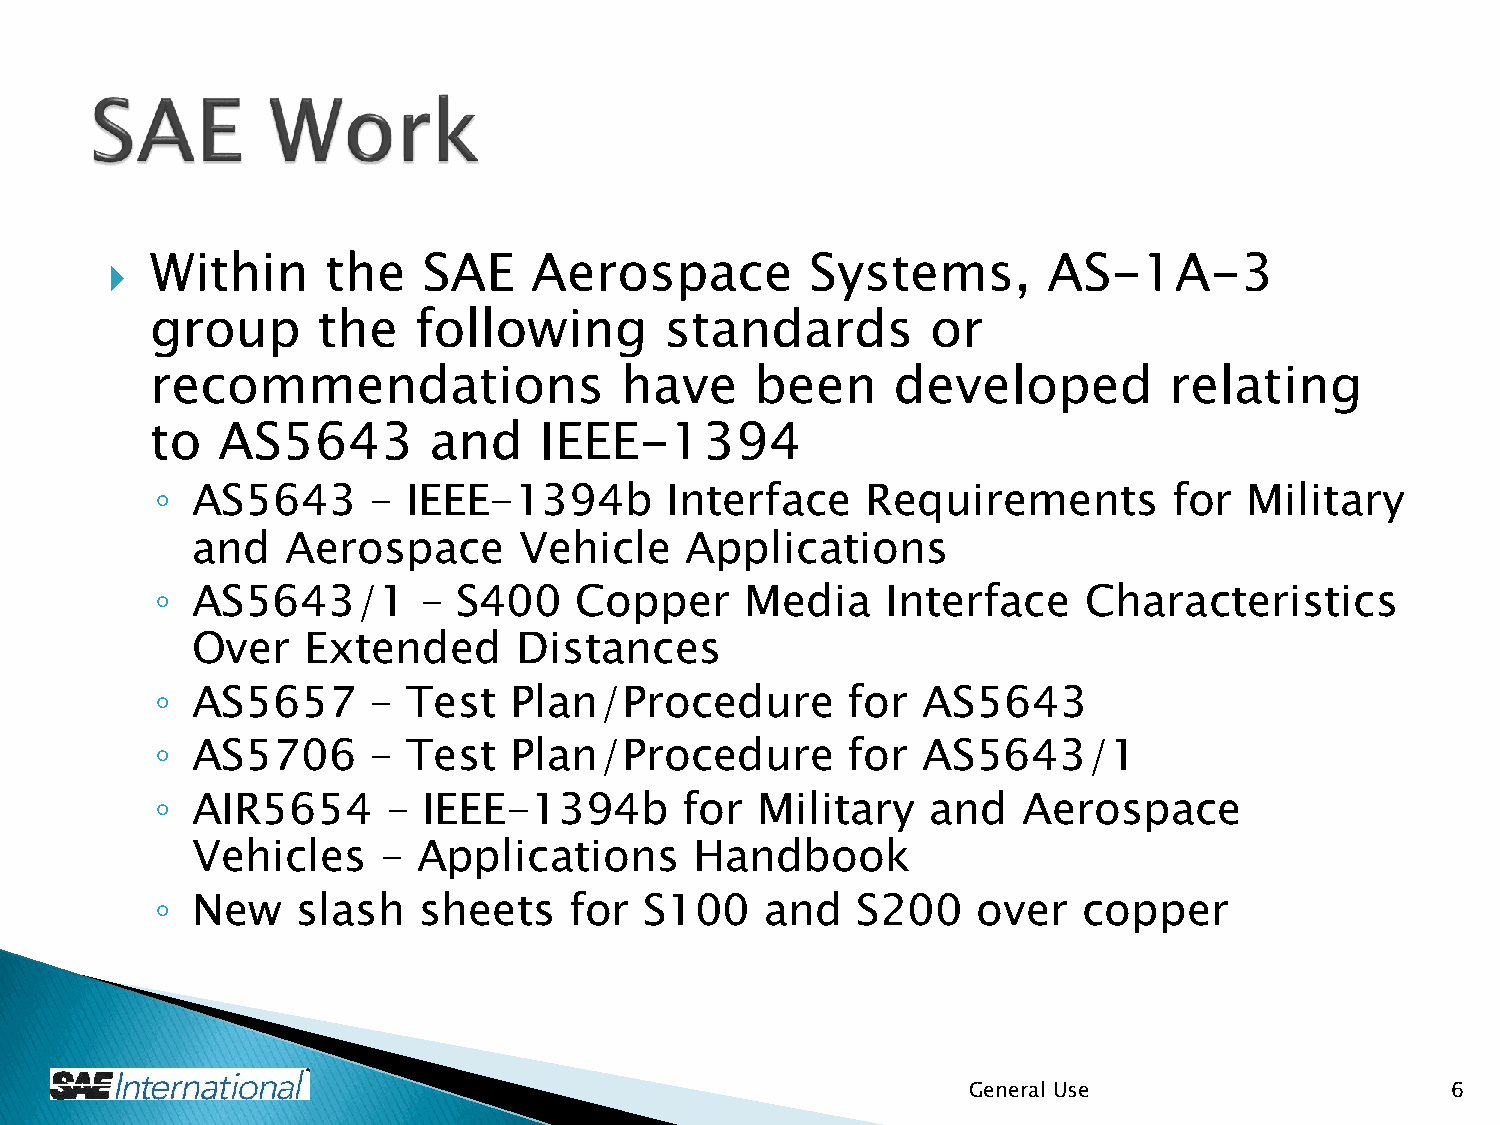
Within      the   SAE    Aerospace          Systems,       AS-1A-3
 
 group      the   following        standards         or
 recommendations                have     been     developed         relating
 to  AS5643        and     IEEE-1394
 ◦  AS5643     –  IEEE-1394b       Interface    Requirements         for  Military
 and   Aerospace      Vehicle    Applications
 ◦  AS5643/1       – S400    Copper     Media     Interface    Characteristics
 Over   Extended      Distances
 ◦  AS5657     –  Test   Plan/Procedure        for  AS5643
 ◦  AS5706     –  Test   Plan/Procedure        for  AS5643/1
 ◦  AIR5654      – IEEE-1394b       for  Military   and    Aerospace
 Vehicles    –  Applications      Handbook
 ◦  New    slash   sheets    for  S100    and   S200    over   copper
 General Use                     6